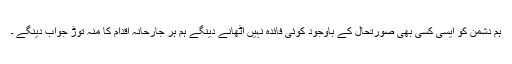
ہم دشمن کو ایسی کسی بھی صورتحال کے باوجود کوئی فائدہ نہیں اٹھانے دینگے ہم ہر جارحانہ اقدام کا منہ توڑ جواب دینگے ۔